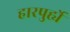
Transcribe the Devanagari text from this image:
हारपुर्ह्ये